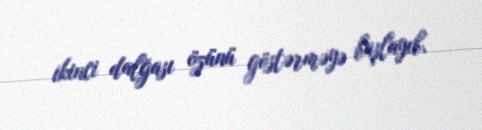
ikinci dalğası özünü göstərməyə başlayıb.